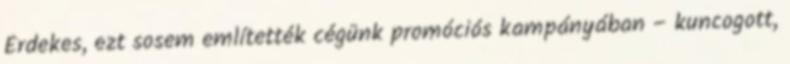
Érdekes, ezt sosem említették cégünk promóciós kampányában – kuncogott,